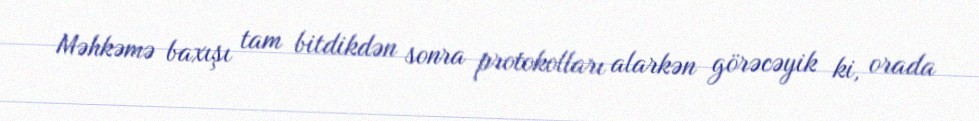
Məhkəmə baxışı tam bitdikdən sonra protokolları alarkən görəcəyik ki, orada